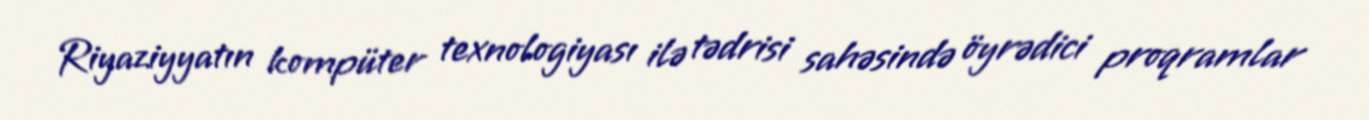
Riyaziyyatın kompüter texnologiyası ilə tədrisi sahəsində öyrədici proqramlar